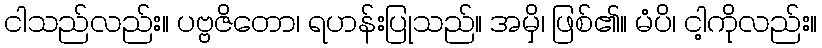
ငါသည်လည်း။ ပဗ္ဗဇိတော၊ ရဟန်းပြုသည်။ အမှိ၊ ဖြစ်၏။ မံပိ၊ ငါ့ကိုလည်း။